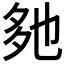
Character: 𡖐